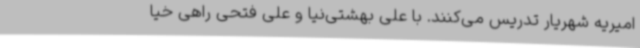
امیریه شهریار تدریس می‌کنند. با علی بهشتی‌نیا و علی فتحی راهی خیا